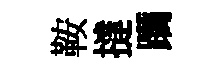
鞍撻躪